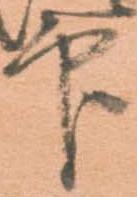
印